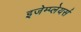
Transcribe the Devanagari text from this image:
इजेम्प्लेयर्स